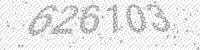
Solution: 626103